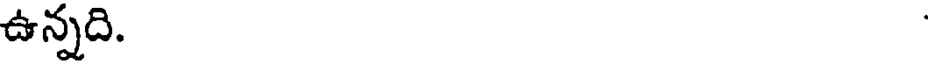
ఉన్నది.